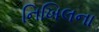
નિખિલના